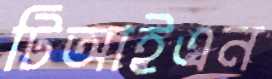
টিআইএন